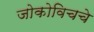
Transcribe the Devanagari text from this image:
जोकोविचचे